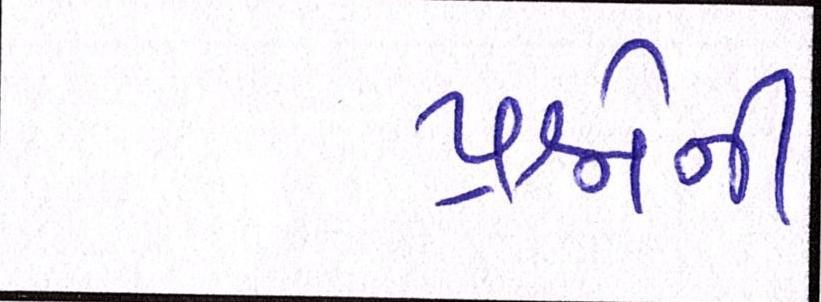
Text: પ્રશ્નોની